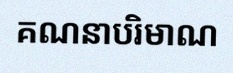
គណនាបរិមាណ